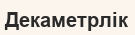
Декаметрлік